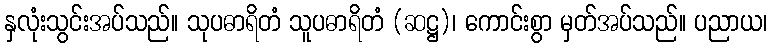
နှလုံးသွင်းအပ်သည်။ သုပဓာရိတံ သူပဓာရိတံ (ဆဋ္ဌ)၊ ကောင်းစွာ မှတ်အပ်သည်။ ပညာယ၊